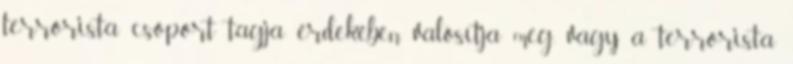
terrorista csoport tagja érdekében valósítja meg, vagy a terrorista